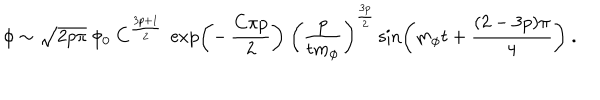
\phi \sim \sqrt { 2 p \pi } \ \phi _ { 0 } \ C ^ { \frac { 3 p + 1 } { 2 } } \ \exp \left( - \, { \frac { C \pi p } { 2 } } \right) \ \left( { \frac { p } { t m _ { \phi } } } \right) ^ { \frac { 3 p } { 2 } } \sin \left( m _ { \phi } t + { \frac { ( 2 - 3 p ) \pi } { 4 } } \right) \ .